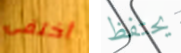
أختفى يحتفظ